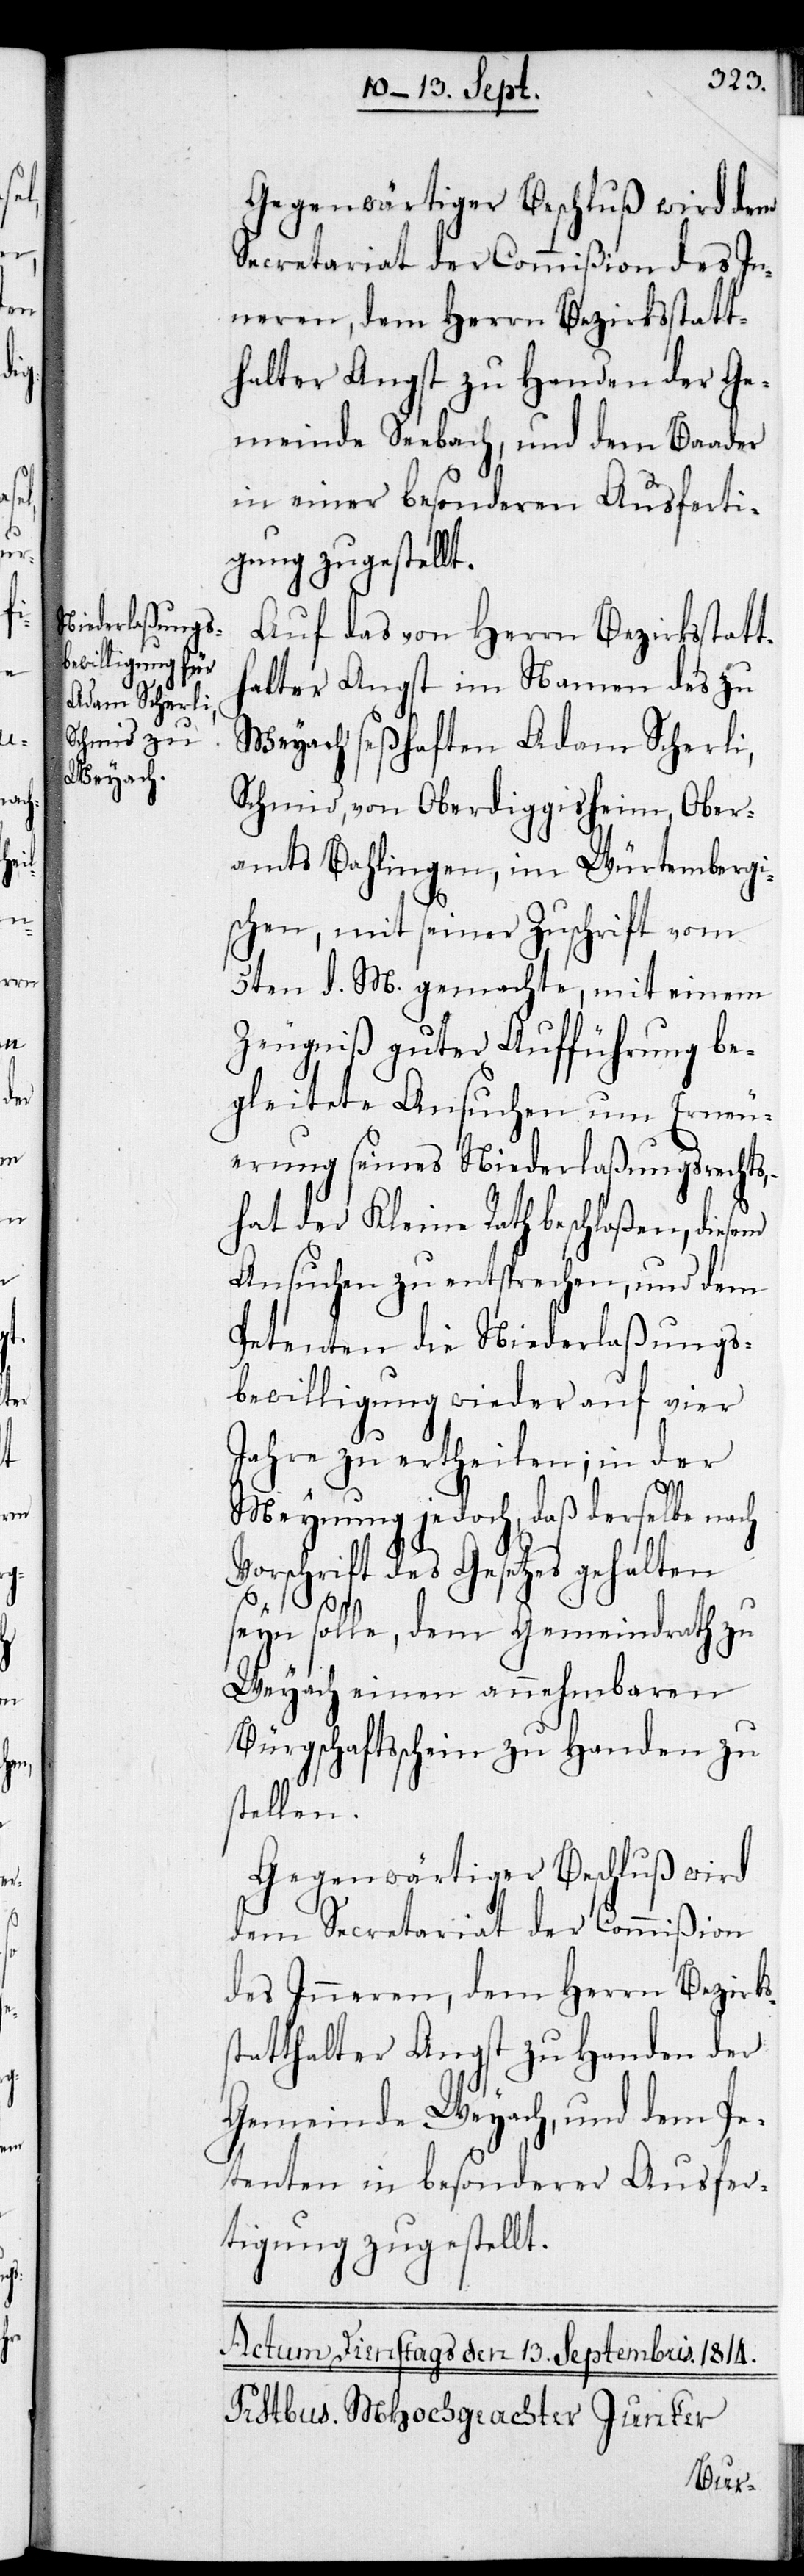
Gegenwärtiger Beschluß wird dem
Secretariat der Commißion des In¬
neren, dem Herrn Bezirksstatt¬
halter Angst zu Handen der Ge¬
meinde Seebach, und dem Baader
in einer besonderen Ausferti¬
gung zugestellt.
Auf das von Herrn Bezirksstatt¬
halter Angst im Namen des zu
Weyach seßhaften Adam Scherli,
Schmid, von Oberdiggisheim, Ober¬
amts Bahlingen, im Würtembergi¬
schen, mit seiner Zuschrift vom
5ten d. M. gemachte, mit einem
Zeugniß guter Aufführung be¬
gleitete Ansuchen um Erneu¬
erung seines Niederlaßungsrechts,
hat der Kleine Rath beschloßen, diesem
Ansuchen zu entsprechen, und dem
Petenten die Niederlaßungs¬
bewilligung wieder auf vier
Jahre zu ertheilen; in der
Meynung jedoch, daß derselbe nach
Vorschrift des Gesetzes gehalten
seyn solle, dem Gemeindrath zu
Weyach einen annehmbaren
Bürgschaftsschein zu Handen zu
stellen.
Gegenwärtiger Beschluß wird
dem Secretariat der Commißion
des Inneren, dem Herrn Bezirks¬
statthalter Angst zu Handen der
Gemeinde Weyach, und dem Pe¬
tenten in besonderer Ausfer¬
tigung zugestellt.